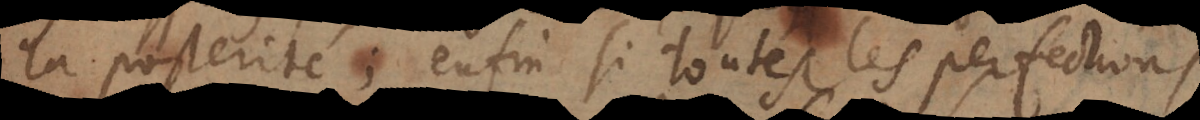
la posterité; enfin si toutes les perfections